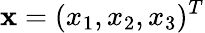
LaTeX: {\mathbf x}=(x_{1},x_{2},x_{3})^{T}